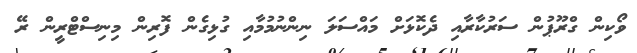
ވޯކިން ގްރޫޕުން ސަރުކާރާއި ދެކޮޅަށް މައްސަލަ ނިންނުމުމާއި ގުޅިގެން ފޮރިން މިނިސްޓްރީން ރޭ